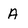
Character: A